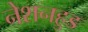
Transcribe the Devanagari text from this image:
नेशनहुड